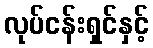
လုပ်ငန်းရှင်နှင့်